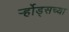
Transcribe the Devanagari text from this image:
र्ऱ्होड्सच्या